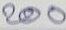
200